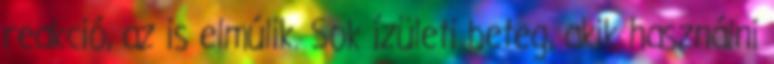
reakció, az is elmúlik. Sok ízületi beteg, akik használni